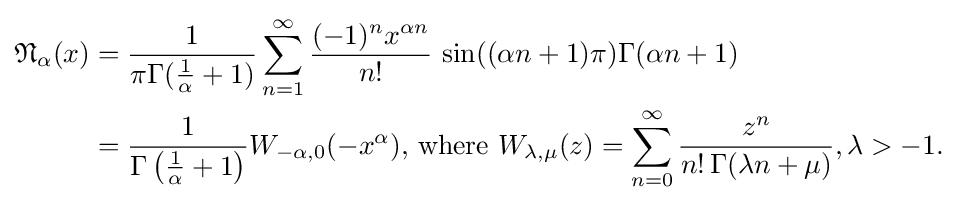
{\begin{aligned}{\mathfrak {N}}_{\alpha }(x)&={\frac {1}{\pi \Gamma ({\frac {1}{\alpha }}+1)}}\sum _{n=1}^{\infty }{\frac {(-1)^{n}{x}^{\alpha n}}{n!}}\,\sin((\alpha n+1)\pi )\Gamma (\alpha n+1)\\&={\frac {1}{\Gamma \left({\frac {1}{\alpha }}+1\right)}}W_{-\alpha ,0}(-x^{\alpha }),\,{\text{where}}\,\,W_{\lambda ,\mu }(z)=\sum _{n=0}^{\infty }{\frac {z^{n}}{n!\,\Gamma (\lambda n+\mu )}},\lambda >-1.\\\end{aligned}}